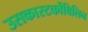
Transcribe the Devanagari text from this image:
उसकास्‍टर्कोबिलिन